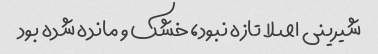
شیرینی اصلا تازه نبود، خشک و مانده شده بود